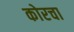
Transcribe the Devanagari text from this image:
कोरचा